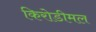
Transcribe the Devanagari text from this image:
किरोडीमल